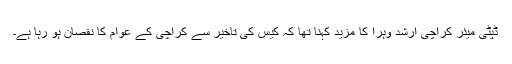
ڈپٹی میئر کراچی ارشد وہرا کا مزید کہنا تھا کہ کیس کی تاخیر سے کراچی کے عوام کا نقصان ہو رہا ہے۔